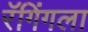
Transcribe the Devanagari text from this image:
रॅगिंगला